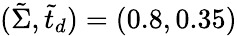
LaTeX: (\tilde{\Sigma},\tilde{t}_{d})=(0.8,0.35)